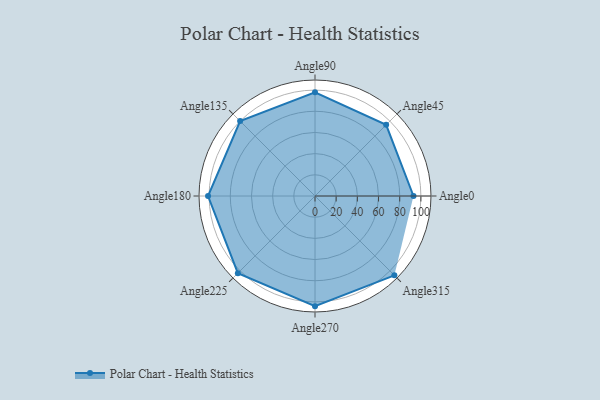
{"axis": {"x": "Angle", "y": "Radius"}, "legend": [""], "data": [{"x": "Angle0", "y": 93.0, "type": ""}, {"x": "Angle45", "y": 95.0, "type": ""}, {"x": "Angle90", "y": 98.0, "type": ""}, {"x": "Angle135", "y": 100.0, "type": ""}, {"x": "Angle180", "y": 101.0, "type": ""}, {"x": "Angle225", "y": 103.0, "type": ""}, {"x": "Angle270", "y": 104.0, "type": ""}, {"x": "Angle315", "y": 106.0, "type": ""}]}